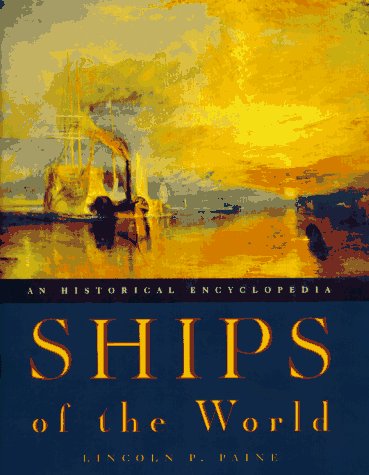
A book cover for Ships of the World: An Historical Encyclopedia; Lincoln P. Paine; Engineering & Transportation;